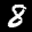
Digit: 8